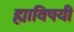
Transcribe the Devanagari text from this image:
ह्याविषयीं